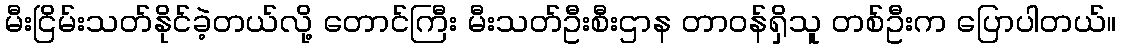
မီးငြိမ်းသတ်နိုင်ခဲ့တယ်လို့ တောင်ကြီး မီးသတ်ဦးစီးဌာန တာဝန်ရှိသူ တစ်ဦးက ပြောပါတယ်။